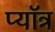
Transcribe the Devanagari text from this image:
प्यॉत्र